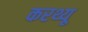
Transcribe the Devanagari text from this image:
करथ्यू